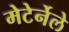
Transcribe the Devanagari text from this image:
मेटेर्नेले